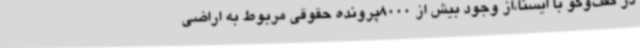
در گفت‌وگو با ایسنا،از وجود بیش از 8000پرونده حقوقی مربوط به اراضی